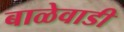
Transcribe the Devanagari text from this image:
बाळेवाडी